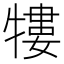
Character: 𤛠